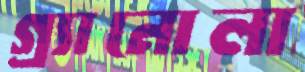
গ্র্যানোলা